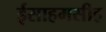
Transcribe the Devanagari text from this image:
ईसाहमसीह